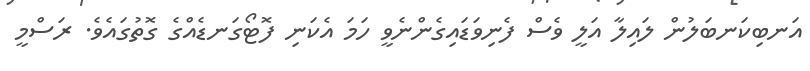
އަނބިކަނބަލުން ލައިލާ އަލީ ވެސް ފެނިވަޑައިގެންނެވީ ހަމަ އެކަނި ފޮޓޯގަނޑެއްގެ ގޮތުގައެވެ. ރަސްމީ